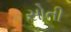
સોતી